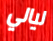
ليالي